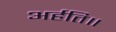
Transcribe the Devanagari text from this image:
अर्हति॥